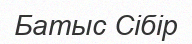
Батыс Сібір